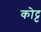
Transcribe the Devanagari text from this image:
कोट्ट